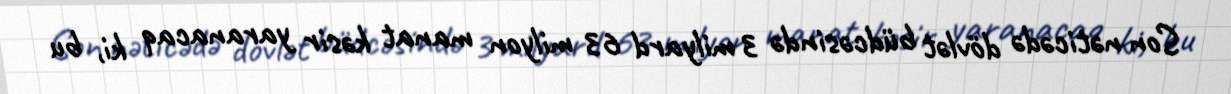
Son nəticədə dövlət büdcəsində 3 milyard 63 milyon manat kəsir yaranacaq ki, bu